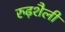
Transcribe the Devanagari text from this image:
रुढ़शैली